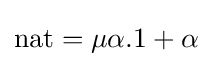
{\text{nat}}=\mu \alpha .1+\alpha